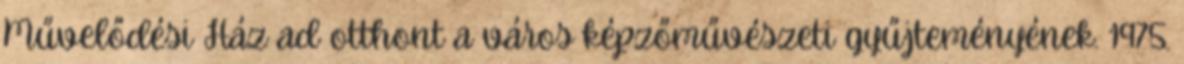
Művelődési Ház ad otthont a város képzőművészeti gyűjteményének. 1975.